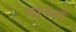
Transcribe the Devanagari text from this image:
याज्यों